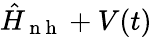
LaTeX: \hat{H}_{\mathrm{~n~h~}}+V(t)